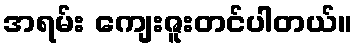
အရမ်း ကျေးဇူးတင်ပါတယ်။